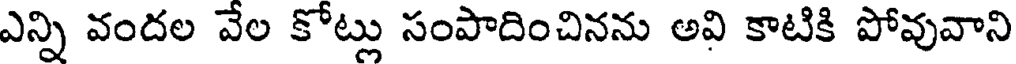
ఎన్ని వందల వేల కోట్లు సంపాదించినను అవి కాటికి పోవువాని